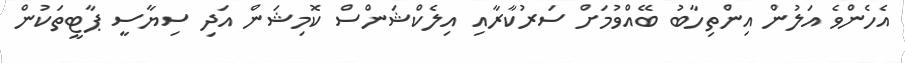
އެހެންވެ އަލުން އިންތިހާބު ބޭއްވުމަށް ސަރުކާރާއި އިލެކްޝަންސް ކޮމިޝަން އަދި ސިޔާސީ ޕާޓީތަކުން